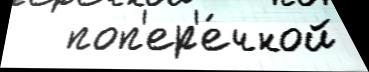
   поп'ер'е́чной